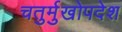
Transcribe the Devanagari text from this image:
चतुर्मुखोपदेश